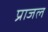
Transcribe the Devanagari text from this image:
प्राजल